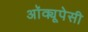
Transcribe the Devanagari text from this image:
अॉक्यूपेसी